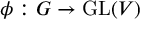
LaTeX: \phi : G \to \operatorname { G L } ( V )